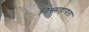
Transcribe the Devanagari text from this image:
निस्सहायता